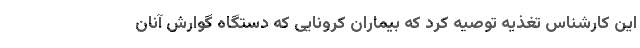
این کارشناس تغذیه توصیه کرد که بیماران کرونایی که دستگاه گوارش آنان